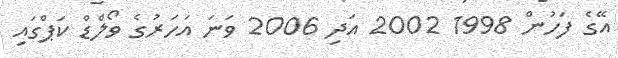
އޭގެ ފަހުން 1998 2002 އަދި 2006 ވަނަ އަހަރުގެ ވޯލްޑް ކަޕްގައި